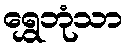
ရွှေဘုံသာ